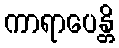
ကာရာပေန္တိ